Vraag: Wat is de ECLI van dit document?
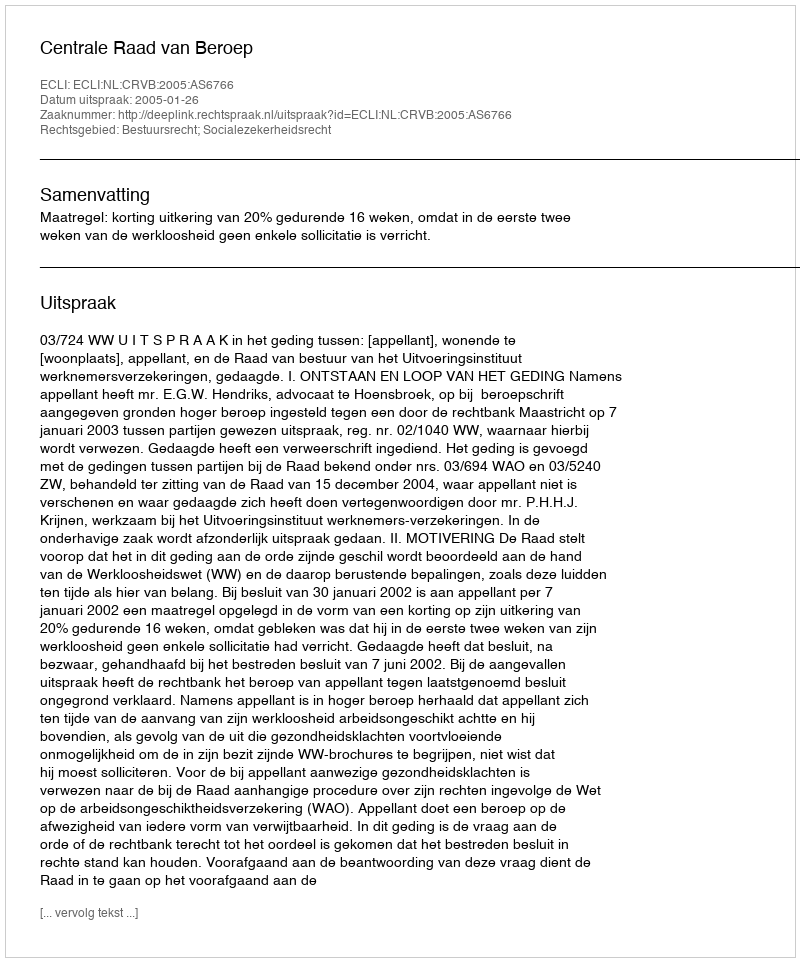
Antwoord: ECLI:NL:CRVB:2005:AS6766